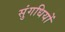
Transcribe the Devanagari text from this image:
सुंगधियों